system: You are a helpful assistant.
user:
Analyze the provided spectrum to determine if it is a **White Dwarf (WD)**.

A White Dwarf spectrum is defined by its **extreme purity** (due to gravitational settling) and/or **extreme pressure broadening** (due to high surface gravity). You must check for one of the following mutually exclusive signatures:

- **Key Visual Indicators (Check for ONE of these types):**

    - **1. DA-Type Signature (Most Common):**
        - **(Primary Feature):** Extreme pressure broadening (Stark broadening) of the **Hydrogen (H) Balmer lines**.
        - **(Key Lines):** $H\beta$ (approx. $4861$ Å) and $H\gamma$ (approx. $4340$ Å). $H\alpha$ (approx. $6563$ Å) will also be present if the wavelength range covers it.
        - **(Line Profile):** This is the **defining feature**. The lines are **NOT** sharp. They appear as massive, **extremely broad and deep "troughs" or "dips"** in the spectrum, often hundreds of Ångströms wide. The continuum will appear to "scoop" down at these wavelengths.
        - **(Distinction):** Normal A-type or B-type stars have *narrow* and *sharp* Hydrogen lines. A DA White Dwarf's lines are unmistakably "smeared" or "blurry" from pressure.

    - **2. DB-Type Signature:**
        - **(Primary Feature):** Broad absorption lines from **Neutral Helium (He I)**. The spectrum must lack any visible Hydrogen lines.
        - **(Key Lines):** Look for broad absorption near $4471$ Å, $4921$ Å, and $5876$ Å.
        - **(Line Profile):** These lines are also significantly pressure-broadened, appearing much wider than they would in a normal B-type main-sequence star.

    - **3. DC-Type Signature:**
        - **(Primary Feature):** A **featureless continuous spectrum**.
        - **(Line Profile):** The spectrum is a smooth curve with **no significant absorption or emission lines**.
        - **(Key Confirmation):** The continuum is almost always **blue or white**, indicating a hot object. This signature implies the atmosphere is so pure (or so cool) that no spectral lines are visible in the optical range. Its WD identity is confirmed by its extremely low intrinsic brightness (high absolute magnitude).

    - **4. DZ-Type Signature (Metal-Polluted):**
        - **(Primary Feature):** **Isolated, narrow metal absorption lines** on an otherwise featureless (DC-like) continuum.
        - **(Key Lines):** The **Calcium (Ca II) H & K doublet** (approx. **$3934$ Å** and **$3968$ Å**) is the most common and defining feature.
        - **(Line Profile):** These lines are "out of place." They are *not* part of a "forest" of thousands of lines. This signature is evidence of recent *accretion* (pollution) from rocky debris.
        - **(Distinction):** Normal G/K/M stars have a *dense forest* of thousands of metal lines. A DZ has a *clean* continuum with *only a few* strong metal lines.

    - **5. DQ-Type Signature (Carbon-Polluted):**
        - **(Primary Feature):** Absorption bands from **Carbon (C₂ "Swan Bands" or atomic C I)**.
        - **(Key Lines - C₂):** Look for bandheads with a "saw-tooth" shape near $5635$ Å, **$5165$ Å** (strongest), and $4737$ Å.
        - **(Key Confirmation):** The underlying **continuum must be blue or white** (hot).
        - **(Distinction):** This is the critical difference from a **Carbon Star**, which has the *exact same* C₂ bands but on an extremely **red, cool** continuum.

- **(Overall Spectrum):**
    - The continuum (overall shape) is typically **blue-sloping** (brighter in the blue than the red), as most white dwarfs are very hot.
    - The spectrum will look "pure" or "simple," dominated by only *one* of the five signatures listed above.

Think first, call **spectral_visualization_tool** if needed to examine features in detail, then provide your final answer. Your response must adhere to the following strict rules:
1.  **Overall Structure:** Your response must follow the format `<think>...</think> <tool_call>...</tool_call> (if a tool is used) <answer>...</answer>`.
2.  **Tool Usage Constraint:** You may only make **one** tool call per turn.
3.  **Final Answer Format:** In the `<answer>` tag, your conclusion must be inside a `\boxed{}` command (e.g., `\boxed{YES}` or `\boxed{NO}`), followed by your justification.

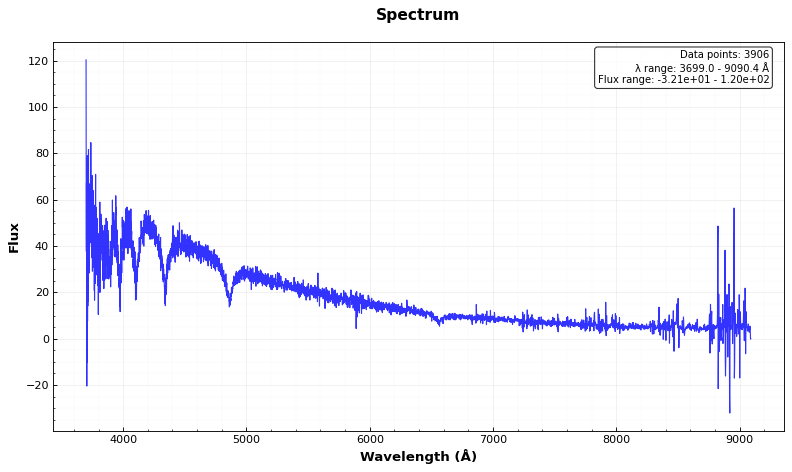
Answer: YES